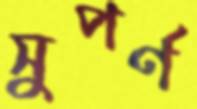
সুপর্ণ